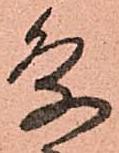
条